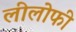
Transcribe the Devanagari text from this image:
लीलोफी